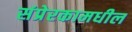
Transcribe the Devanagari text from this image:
संप्रेरकामधील